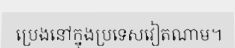
ប្រេងនៅក្នុងប្រទេសវៀតណាម។